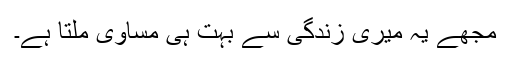
مجھے یہ میری زندگی سے بہت ہی مساوی ملتا ہے۔